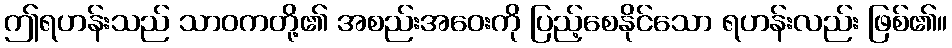
ဤရဟန်းသည် သာဝကတို့၏ အစည်းအဝေးကို ပြည့်စေနိုင်သော ရဟန်းလည်း ဖြစ်၏။